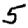
Digit: 5